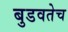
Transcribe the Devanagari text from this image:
बुडवतेच